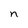
Character: n